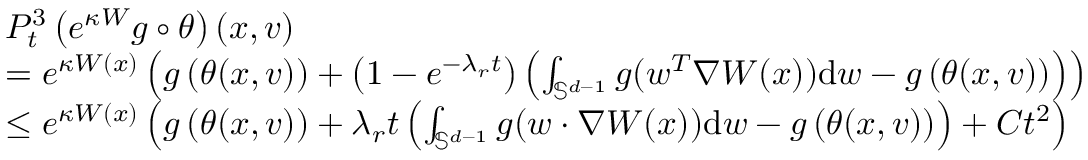
\begin{array} { r l } & { P _ { t } ^ { 3 } \left( e ^ { \kappa W } g \circ \theta \right) ( x , v ) } \\ & { = e ^ { \kappa W ( x ) } \left( g \left( \theta ( x , v ) \right) + \left( 1 - e ^ { - \lambda _ { r } t } \right) \left( \int _ { \mathbb S ^ { d - 1 } } g ( w ^ { T } \nabla W ( x ) ) \mathrm { d } w - g \left( \theta ( x , v ) \right) \right) \right) } \\ & { \leq e ^ { \kappa W ( x ) } \left( g \left( \theta ( x , v ) \right) + \lambda _ { r } t \left( \int _ { \mathbb S ^ { d - 1 } } g ( w \cdot \nabla W ( x ) ) \mathrm { d } w - g \left( \theta ( x , v ) \right) \right) + C t ^ { 2 } \right) } \end{array}